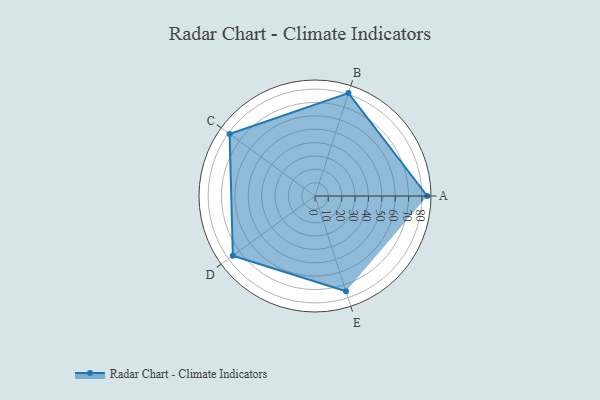
{"axis": {"x": "Skill", "y": "Score"}, "legend": ["Profile"], "data": [{"x": "A", "y": 84.0, "type": "Profile"}, {"x": "B", "y": 81.0, "type": "Profile"}, {"x": "C", "y": 79.0, "type": "Profile"}, {"x": "D", "y": 76.0, "type": "Profile"}, {"x": "E", "y": 75.0, "type": "Profile"}]}